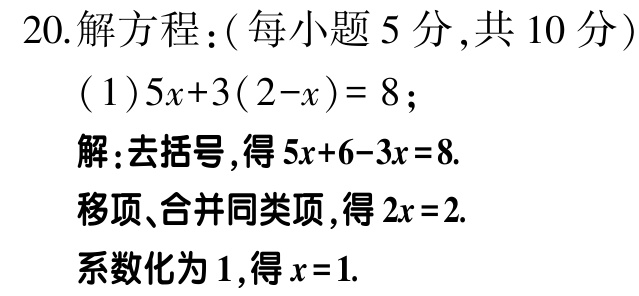
20.解方程：(每小题5分,共10分)

(1)\(5x + 3(2 - x) = 8\);

解:去括号,得\(5x + 6 - 3x = 8\).

移项、合并同类项,得\(2x = 2\).

系数化为1,得\(x = 1\).